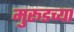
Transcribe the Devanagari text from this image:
मुरूडच्या